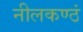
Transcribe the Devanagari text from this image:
नीलकण्ठं